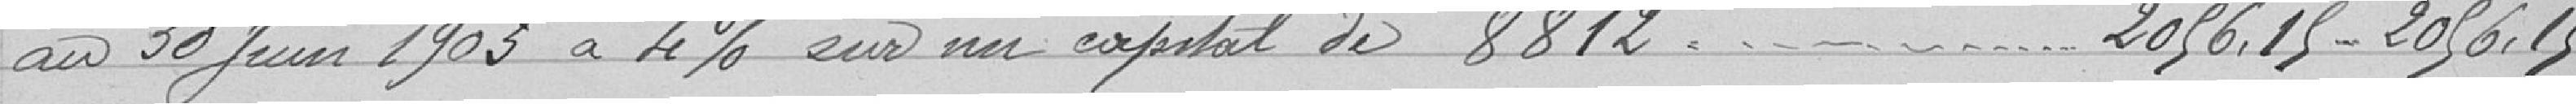
au 30 Juin 1903 à 4% sur un capital de 8812....2056.15-2056.15